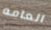
العامه